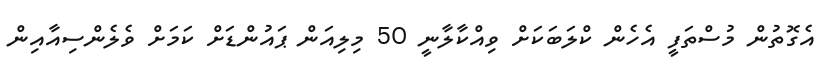
އެގޮތުން މުސްތަފީ އެހެން ކްލަބަކަށް ވިއްކާލާނީ 50 މިލިއަން ޕައުންޑަށް ކަމަށް ވެލެންސިއާއިން